Insane asylums Bombay 1873-77 - 1873-1877
Year: 1873
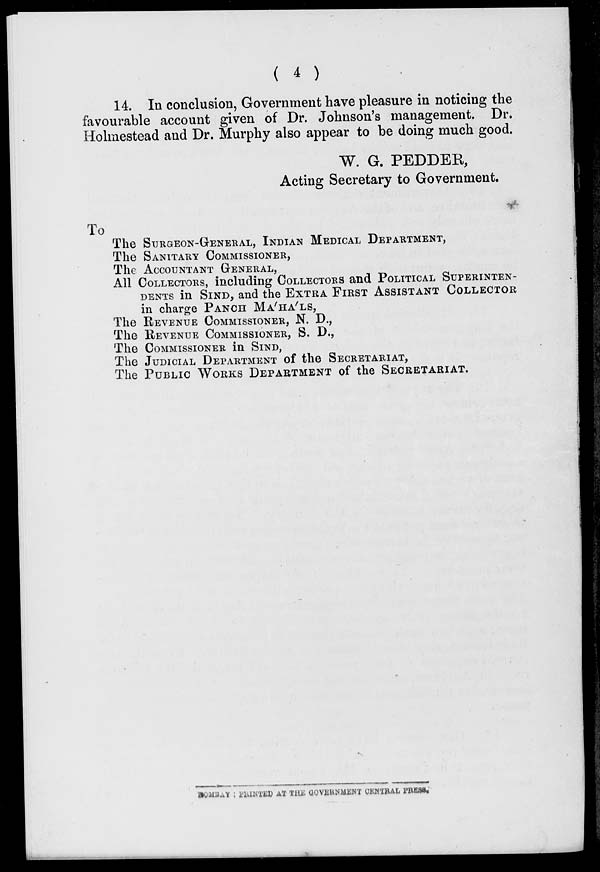
( 4 )
14. In conclusion, Government have pleasure in noticing the
favourable account given of Dr. Johnson's management
Dr.
Holmestead and Dr. Murphy also appear to be doing much good.
W. G. PEDDER,
Acting Secretary to Government.
To
The SURGEON-GENERAL, INDIAN MEDICAL DEPARTMENT,
The SANITARY COMMISSIONER,
The ACCOUNTANT GENERAL,
All COLLECTORS, including COLLECTORS and POLITICAL SUPERINTEN-
DENTS in SIND, and the EXTRA FIRST ASSISTANT COLLECTOR
in charge PANCH MA'HA'LS,
The REVENUE COMMISSIONER, N. D.,
The REVENUE COMMISSIONER, S. D.,
The COMMISSIONER in SIND,
The JUDICIAL DEPARTMENT of the SECRETARIAT,
The PUBLIC WORKS DEPARTMENT of the SECRETARIAT.
BOMBAY: PRINTED AT THE GOVERNMENT CENTRAL PRESS.